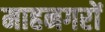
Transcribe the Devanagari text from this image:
माहनगरों